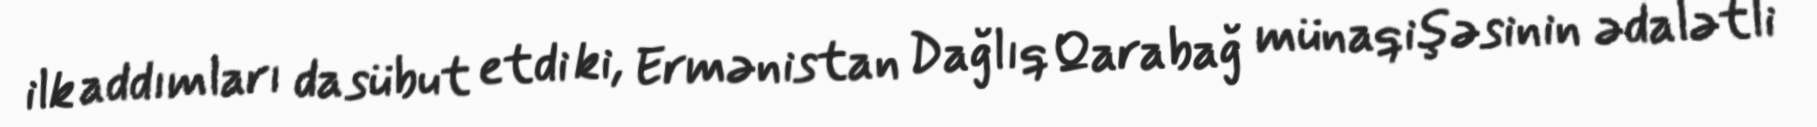
ilk addımları da sübut etdi ki, Ermənistan Dağlıq Qarabağ münaqişəsinin ədalətli